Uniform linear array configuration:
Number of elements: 48
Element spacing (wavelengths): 0.75
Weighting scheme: blackman
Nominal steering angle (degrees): -30
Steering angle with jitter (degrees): -28.751
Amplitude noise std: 0.05
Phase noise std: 0.05

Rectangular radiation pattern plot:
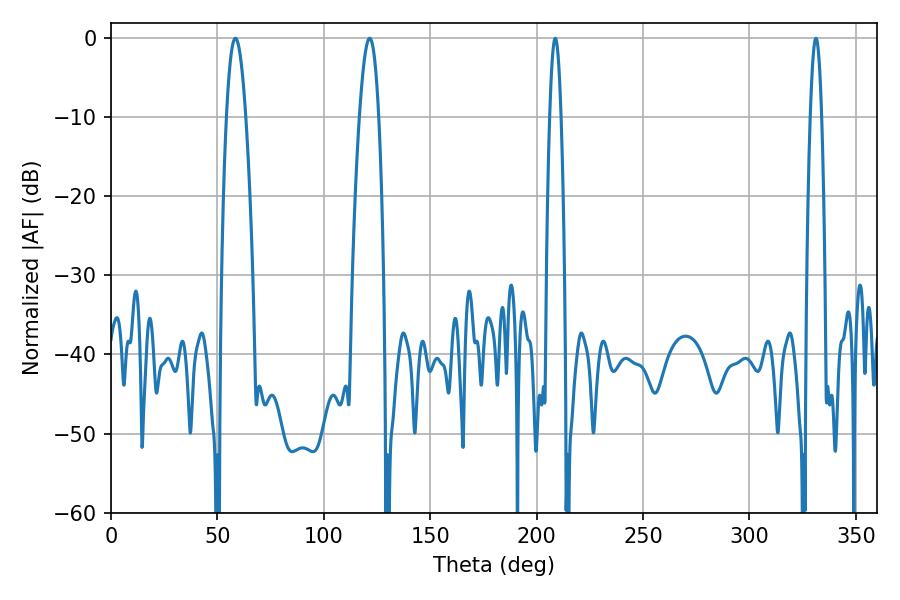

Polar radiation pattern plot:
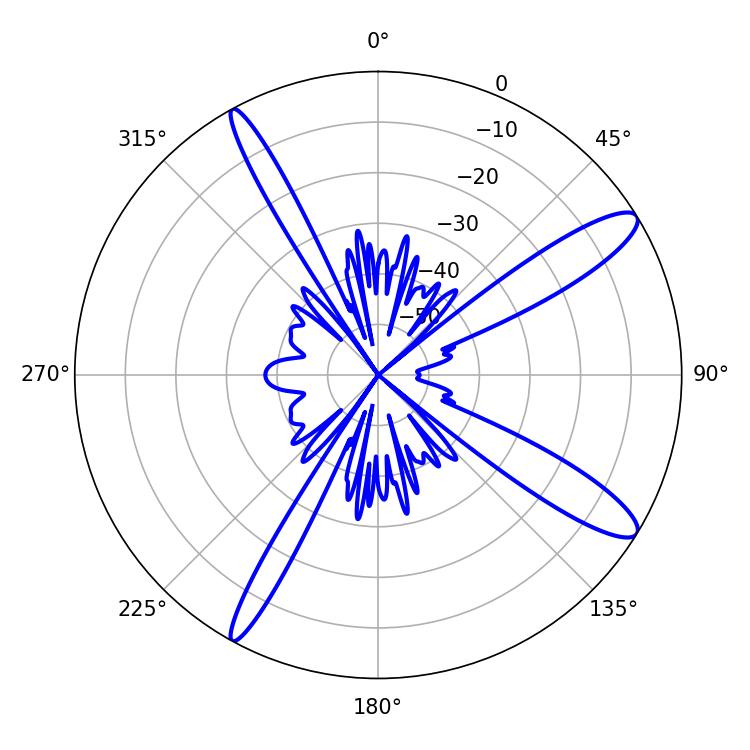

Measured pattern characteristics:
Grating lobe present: TRUE
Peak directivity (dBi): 12.725
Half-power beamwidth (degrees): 4.86
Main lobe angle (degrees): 58.5